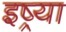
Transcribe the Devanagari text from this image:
इष्र्या